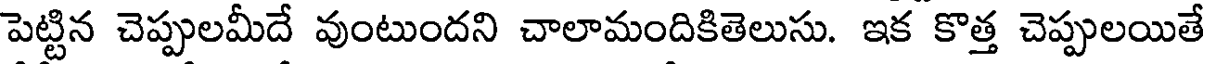
పెట్టిన చెప్పులమీదే వుంటుందని చాలామందికితెలుసు. ఇక కొత్త చెప్పులయితే